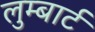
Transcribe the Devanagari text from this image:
लुम्बार्ट